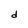
Character: d